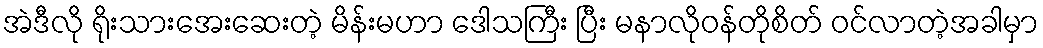
အဲဒီလို ရိုးသားအေးဆေးတဲ့ မိန်းမဟာ ဒေါသကြီး ပြီး မနာလိုဝန်တိုစိတ် ဝင်လာတဲ့အခါမှာ